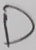
Text: D